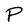
Character: P